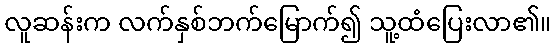
လူဆန်းက လက်နှစ်ဘက်မြောက်၍ သူ့ထံပြေးလာ၏။